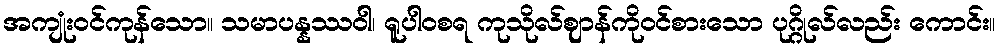
အကျုံးဝင်ကုန်သော။ သမာပန္နဿဝါ၊ ရူပါဝစရ ကုသိုလ်ဈာန်ကိုဝင်စားသော ပုဂ္ဂိုလ်လည်း ကောင်း။